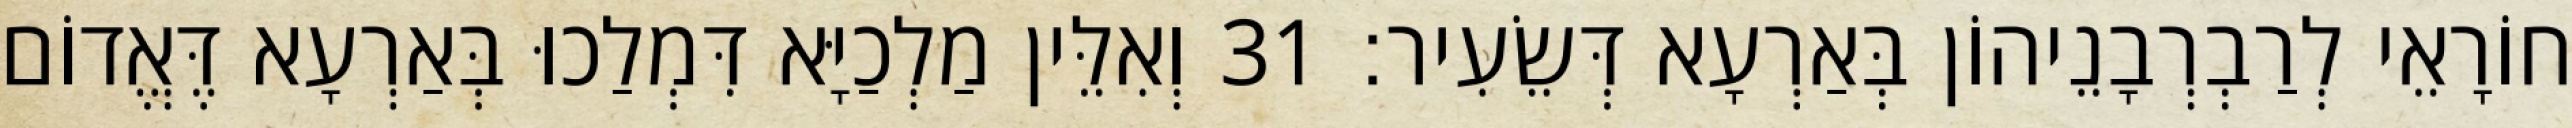
חוֹרָאֵי לְרַבְרְבָנֵיהוֹן בְּאַרְעָא דְּשֵׂעִיר׃ 31 וְאִלֵּין מַלְכַיָּא דִּמְלַכוּ בְּאַרְעָא דֶּאֱדוֹם